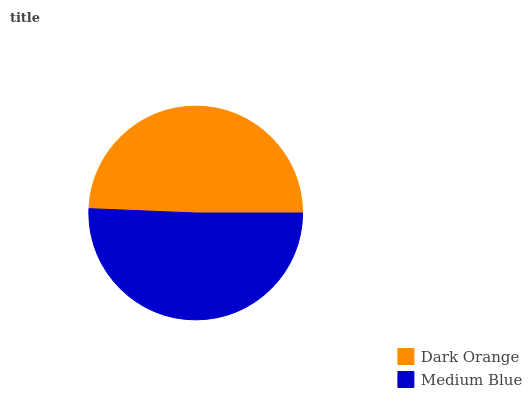
| Dark Orange | Medium Blue |
 | --- | --- |
 | 49.4% | 50.6% |